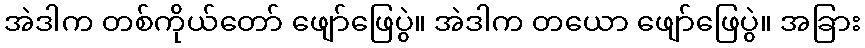
အဲဒါက တစ်ကိုယ်တော် ဖျော်ဖြေပွဲ။ အဲဒါက တယော ဖျော်ဖြေပွဲ။ အခြား